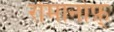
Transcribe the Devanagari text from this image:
रोमानोफ़्